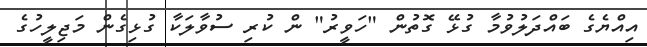
އިއްޔެގެ ބައްދަލުވުމާ ގުޅޭ ގޮތުން "ހަވީރު" ން ކުރި ސުވާލަކާ ގުޅިގެން މަޖިލީހުގެ